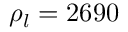
\rho _ { l } = 2 6 9 0